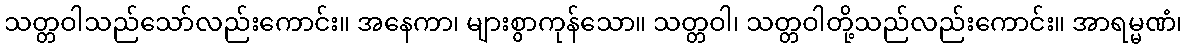
သတ္တဝါသည်သော်လည်းကောင်း။ အနေကာ၊ များစွာကုန်သော။ သတ္တဝါ၊ သတ္တဝါတို့သည်လည်းကောင်း။ အာရမ္မဏံ၊